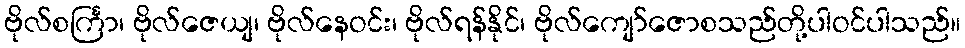
ဗိုလ်စင်္ကြာ၊ ဗိုလ်ဇေယျ၊ ဗိုလ်နေဝင်း၊ ဗိုလ်ရန်နိုင်၊ ဗိုလ်ကျော်ဇောစသည်တို့ပါဝင်ပါသည်။